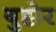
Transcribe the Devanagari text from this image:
बुट्टोर